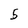
Character: 5